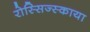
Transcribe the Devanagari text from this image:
रोस्सिज्स्काया